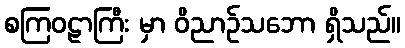
စကြဝဠာကြီး မှာ ဝိညာဉ်သဘော ရှိသည်။